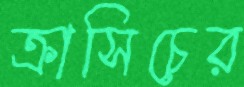
ক্রাসিচের